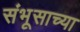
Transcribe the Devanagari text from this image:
संभूसाच्या